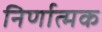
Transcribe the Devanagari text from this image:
निर्णात्मक